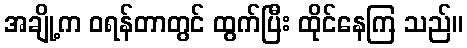
အချို့က ဝရန်တာတွင် ထွက်ပြီး ထိုင်နေကြ သည်။